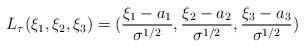
LaTeX: \begin{align*}&L_{\tau}(\xi_{1},\xi_{2},\xi_{3})=(\frac{\xi_{1}-a_{1}}{\sigma^{1/2}},\frac{\xi_{2}-a_{2}}{\sigma^{1/2}},\frac{\xi_{3}-a_{3}}{\sigma^{1/2}})\end{align*}